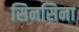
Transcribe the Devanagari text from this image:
सिनसिना